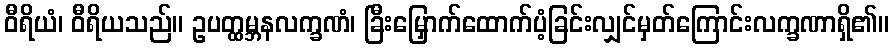
ဝီရိယံ၊ ဝီရိယသည်။ ဥပတ္ထမ္ဘနလက္ခဏံ၊ ခြီးမြှောက်ထောက်ပံ့ခြင်းလျှင်မှတ်ကြောင်းလက္ခဏာရှိ၏။